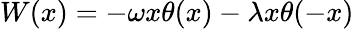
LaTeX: W(x)=-\omega x\theta(x)-\lambda x\theta(-x)